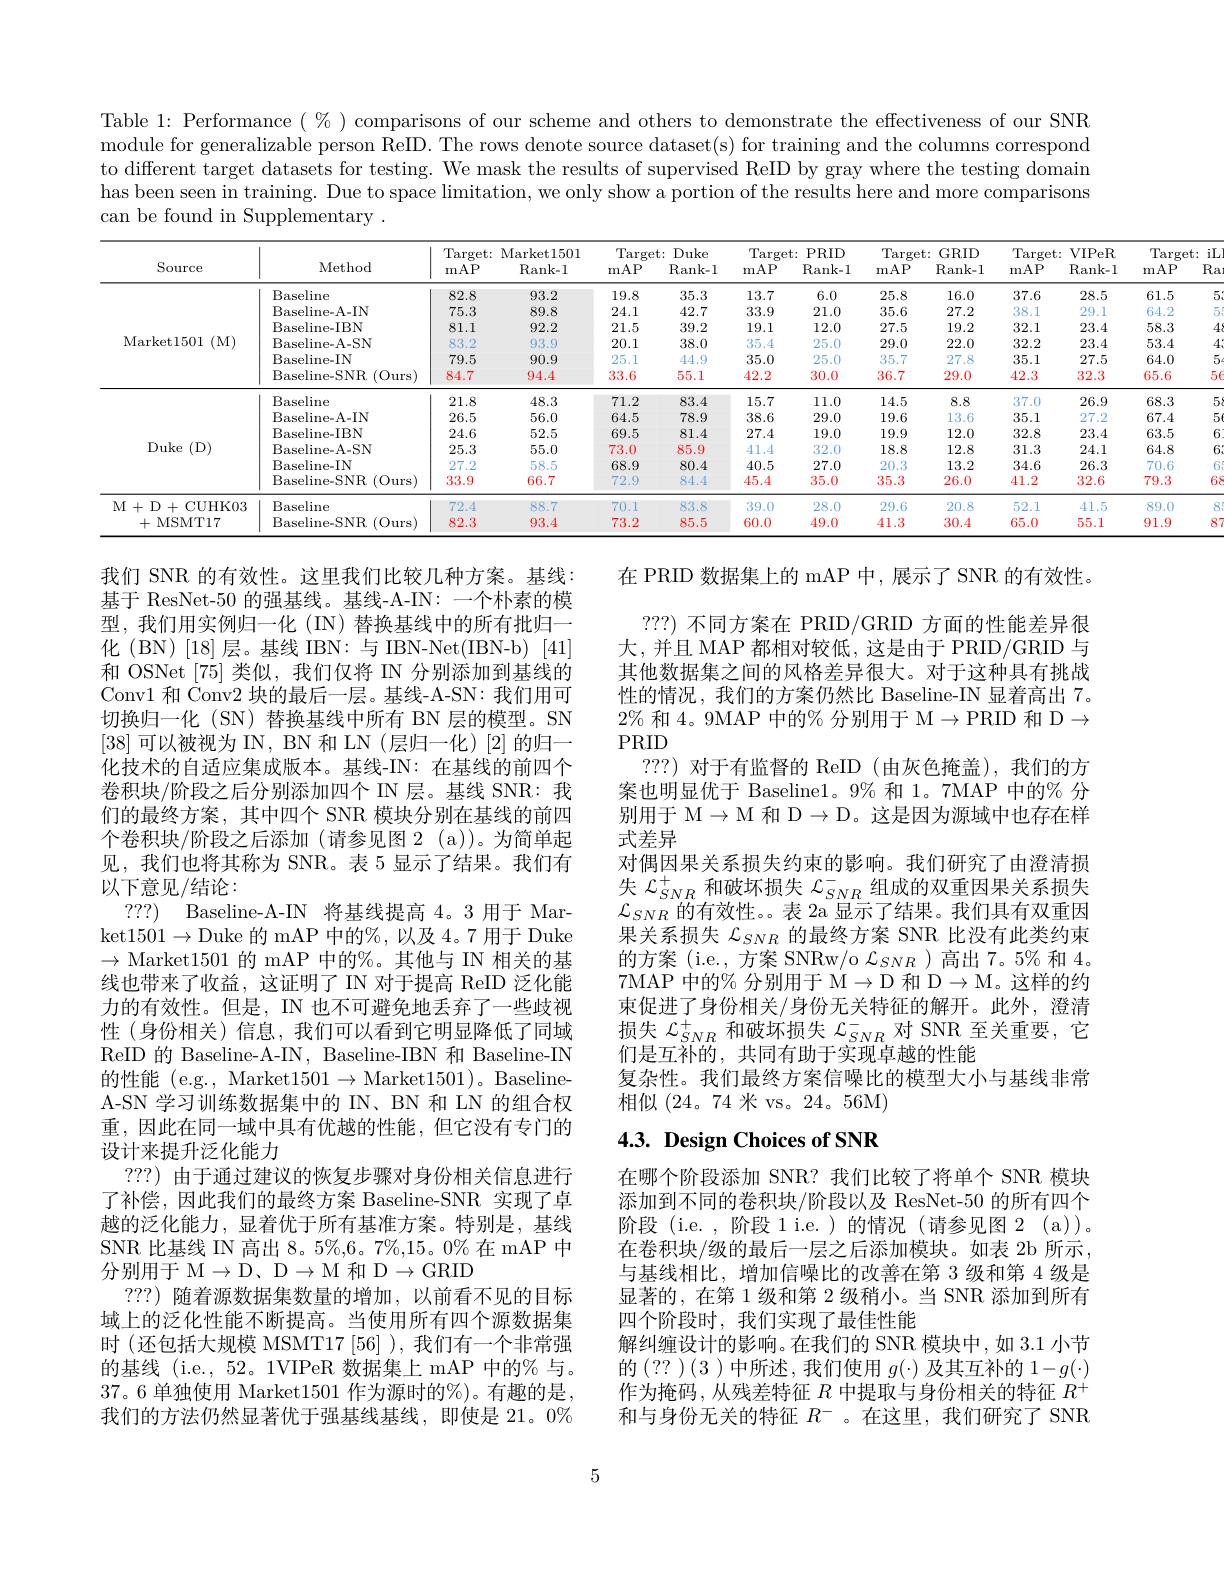
Table 1: Performance $(\%)$ comparisons of our scheme and others to demonstrate the effectiveness of our SNR module for generalizable person ReID. The rows denote source dataset(s) for training and the columns correspond to different target datasets for testing. We mask the results of supervised ReID by gray where the testing domain has been seen in training. Due to space limitation, we only show a portion of the results here and more comparisons can be found in Supplementary .

iL $5\epsilon$
<table>
	<tbody>
		<tr>
			<th>Source</th>
			<th>Method</th>
			<th>Target: mAP</th>
			<th>Market1501 Rank- 1</th>
			<th>Target: mAP</th>
			<th>Duke ${\mathrm{Rank-1}}$</th>
			<th>$PRID$ $Rank-$</th>
			<th>Target: mAP</th>
			<th>GRID $\operatorname{Rank-1}$</th>
			<th>Target: mAP</th>
			<th>$V$IPeR Rank- 1</th>
			<th>Target: mAP</th>
		</tr>
		<tr>
			<th>Source</th>
			<th>Method</th>
			<th>mAP</th>
			<th>Rank- 1</th>
			<th>mAP</th>
			<th>Rank- 1</th>
			<th>Rank- </th>
			<th>mAP</th>
			<th>$\operatorname{Rank-1}$</th>
			<th>mAP</th>
			<th>Rank- 1</th>
			<th>mAP</th>
		</tr>
		<tr>
			<td rowspan="6">Market1501 (M)</td>
			<td>Baseline</td>
			<td>82.8</td>
			<td>93.2</td>
			<td>19.8</td>
			<td>35.3</td>
			<td>6.0</td>
			<td>25.8</td>
			<td>16.0</td>
			<td>37.6</td>
			<td>28.5</td>
			<td>61.5</td>
		</tr>
		<tr>
			<td>Baseline- A- IN</td>
			<td>75.3</td>
			<td>89.8</td>
			<td>24.1</td>
			<td>42.7</td>
			<td>21.0</td>
			<td>35.6</td>
			<td>27.2</td>
			<td>38.1</td>
			<td>29.1</td>
			<td>64.2</td>
		</tr>
		<tr>
			<td>Baseline- IBN</td>
			<td>81.1</td>
			<td>92.2</td>
			<td>21.5</td>
			<td>39.2</td>
			<td>12.0</td>
			<td>27.5</td>
			<td>19.2</td>
			<td>32.1</td>
			<td>23.4</td>
			<td>58.3</td>
		</tr>
		<tr>
			<td>Baseline- A- SN</td>
			<td>83.2</td>
			<td>93.9</td>
			<td>20.1</td>
			<td>38.0</td>
			<td>25.0</td>
			<td>29.0</td>
			<td>22.0</td>
			<td>32.2</td>
			<td>23.4</td>
			<td>53.4</td>
		</tr>
		<tr>
			<td>Baseline- IN</td>
			<td>79.5</td>
			<td>90.9</td>
			<td>25.1</td>
			<td>44.9</td>
			<td>25.0</td>
			<td>35.7</td>
			<td>27.8</td>
			<td>35.1</td>
			<td>27.5</td>
			<td>64.0</td>
		</tr>
		<tr>
			<td>Baseline- SNR $x_{1}=\frac{1}{2}$ (0urs</td>
			<td>84.7</td>
			<td>94.4</td>
			<td>33.6</td>
			<td>55.1</td>
			<td>30.0</td>
			<td>36.7</td>
			<td>29.0</td>
			<td>42.3</td>
			<td>32.3</td>
			<td>65.6</td>
		</tr>
		<tr>
			<td rowspan="6">Duke :1 (D)</td>
			<td>Baseline</td>
			<td>21.8</td>
			<td>48.3</td>
			<td>71.2</td>
			<td>83.4</td>
			<td>11.0</td>
			<td>14.5</td>
			<td>8.8</td>
			<td>37.0</td>
			<td>26.9</td>
			<td>68.3</td>
		</tr>
		<tr>
			<td>Baseline- A- IN</td>
			<td>26.5</td>
			<td>56.0</td>
			<td>64.5</td>
			<td>78.9</td>
			<td>29.0</td>
			<td>19.6</td>
			<td>13.6</td>
			<td>35.1</td>
			<td>27.2</td>
			<td>67.4</td>
		</tr>
		<tr>
			<td>Baseline- IBN</td>
			<td>24.6</td>
			<td>52.5</td>
			<td>69.5</td>
			<td>81.4</td>
			<td>19.0</td>
			<td>19.9</td>
			<td>12.0</td>
			<td>32.8</td>
			<td>23.4</td>
			<td>63.5</td>
		</tr>
		<tr>
			<td>Baseline- A- SN</td>
			<td>25.3</td>
			<td>55.0</td>
			<td> </td>
			<td>85</td>
			<td>32</td>
			<td>1 $S$ 8 -</td>
			<td>12 2.8</td>
			<td>31 3</td>
			<td>24 1</td>
			<td>$S$ $\frac{1}{2}$</td>
		</tr>
		<tr>
			<td>Baseline- IN</td>
			<td>2 2</td>
			<td>58.5</td>
			<td>68.9</td>
			<td>80.4</td>
			<td>27</td>
			<td>20.3</td>
			<td>13 2</td>
			<td>34.6</td>
			<td>$2f$ 3</td>
			<td>T</td>
		</tr>
		<tr>
			<td>Baseline- SNR (0urs</td>
			<td>33.9</td>
			<td>66.7</td>
			<td>72.9</td>
			<td>84.4</td>
			<td>35.0</td>
			<td>35.3</td>
			<td>26.0</td>
			<td>41.2</td>
			<td>32.6</td>
			<td>79.3</td>
		</tr>
		<tr>
			<td rowspan="2">M+ D+ CUHK03 +MSMT17</td>
			<td>Baseline</td>
			<td>72.4</td>
			<td>88.7</td>
			<td>70.1</td>
			<td>83.8</td>
			<td>28.0</td>
			<td>29.6</td>
			<td>20.8</td>
			<td>52.1</td>
			<td>41.5</td>
			<td>89.0</td>
		</tr>
		<tr>
			<td>Baseline- SNR $:(0_{\mathrm{urs}})$</td>
			<td>82.3</td>
			<td>93.4</td>
			<td>73.2</td>
			<td>85.5</td>
			<td>49.0</td>
			<td>41.3</td>
			<td>30.4</td>
			<td>65.0</td>
			<td>55.1</td>
			<td>91.9</td>
		</tr>
	</tbody>
</table>
$\begin{array}{c}5.\\5,\\6\\6\end{array}$ 6. 6887

在 PRID 数据集上的 mAP 中，展示了 SNR 的有效性。
???)不同方案在 PRID/GRID 方面的性能差异很大，并且 MAP 都相对较低，这是由于 PRID/GRID 与其他数据集之间的风格差异很大。对于这种具有挑战性的情况，我们的方案仍然比 Baseline-IN 显着高出 7。$2\%$和 4。9MAP 中的% 分别用于$\mathcal{M}\to$PRID 和 D$\to$ PRID
???) 对于有监督的 ReID (由灰色掩盖),我们的方案也明显优于 Baseline1。9% 和 1。7MAP 中的% 分别用于$\mathcal{M}\to\mathcal{M}$和$\mathcal{D}\to\mathcal{D}$。这是因为源域中也存在样式差异
对偶因果关系损失约束的影响。我们研究了由澄清损$\mathcal{L}_{SNR}$的有效性。。表 2a 显示了结果。我们具有双重因果关系损失$\mathcal{L}_{SNR}$的最终方案 SNR 比没有此类约束的方案( i. e. , 方 案 SNRw/ o $\mathcal{L} _{SNR}$ )高出 7。5% 和 4。7MAP 中的% 分别用于$\mathcal{M}\to\mathcal{D}$和$\mathcal{D}\to\mathcal{M}$。这样的约束促进了身份相关/身份无关特征的解开。此外，澄清损失$\mathcal{L}_SNR^+$和破坏损失$\mathcal{L}_SNR^-$对 SNR 至关重要，它们是互补的，共同有助于实现卓越的性能
复杂性。我们最终方案信噪比的模型大小与基线非常
相似(24。74 米 vs。24。56M)

我们 SNR 的有效性。这里我们比较几种方案。基线： 基于 ResNet-50 的强基线。基线-A-IN: 一个朴素的模型，我们用实例归一化(IN) 替换基线中的所有批归一化 (BN)[18]层。基线 IBN:与 IBN-Net(IBN-b) [41] 和 OSNet [75]类似，我们仅将 IN 分别添加到基线的Conv1 和$\dot{\text{Conv}2}$块的最后一层。基线-A-SN: 我们用可切换归一化(SN) 替换基线中所有 BN 层的模型。SN $\left[38\right]$可以被视为 IN, BN 和 LN(层归一化)$\left[2\right]$的归一化技术的自适应集成版本。基线-IN:在基线的前四个卷积块/阶段之后分别添加四个$\mathbb{N}$层。基线 SNR: 我们的最终方案，其中四个 SNR 模块分别在基线的前四个卷积块/阶段之后添加(请参见图 2 (a))。为简单起见，我们也将其称为 SNR。表 5 显示了结果。我们有以下意见/结论：
? ? ? ) Baseline-A-IN 将基线提高 4。3 用于 Market$1501\to$Duke 的 mAP 中的%, 以及 4。7 用于 Duke $\to$Market1501的 mAP 中的%。其他与 IN 相关的基线也带来了收益，这证明了 IN 对于提高 ReID 泛化能力的有效性。但是，IN 也不可避免地丢弃了一些歧视性(身份相关)信息，我们可以看到它明显降低了同域ReID 的 Baseline-A-IN, Baseline-IBN 和 Baseline-IN 的性能 (e.g., Market$1501\to$Market1501)。BaselineA-SN 学习训练数据集中的 IN、BN 和 LN 的组合权重，因此在同一域中具有优越的性能，但它没有专门的设计来提升泛化能力
???)由于通过建议的恢复步骤对身份相关信息进行了补偿，因此我们的最终方案 Baseline-SNR 实现了卓越的泛化能力，显着优于所有基准方案。特别是，基线SNR 比基线 IN 高出 8。5%,6。7%,15。0% 在 mAP 中$\overline {\text{分 别 用 于 }}\mathcal{M} \to \mathcal{D} , \mathcal{D} \to \mathcal{M} ^{\prime }$和 D$\to$G$RID$
???) 随着源数据集数量的增加，以前看不见的目标域上的泛化性能不断提高。当使用所有四个源数据集时 (还包括大规模 MSMT17 [56] ), 我们有一个非常强的基线 (i.e., 52。1VIPeR 数据集上 mAP 中的% 与。37。6 单独使用 Market1501 作为源时的%)。有趣的是， 我们的方法仍然显著优于强基线基线，即使是 21。0%

# $4. 3. \textbf{ Design Choices of SNR}$

在哪个阶段添加 SNR? 我们比较了将单个 SNR 模块添加到不同的卷积块/阶段以及 ResNet-50 的所有四个阶段 (i.e. , 阶段 l i.e.)的情况 (请参见图 2 (a))。在卷积块/级的最后一层之后添加模块。如表 2b 所示， 与基线相比，增加信噪比的改善在第 3 级和第 4 级是显著的，在第 1 级和第 2 级稍小。当 SNR 添加到所有四个阶段时，我们实现了最佳性能
解纠缠设计的影响。在我们的 SNR 模块中，如 3.1 小节的(?? )(3 )中所述，我们使用$g(\cdot)$及其互补的$1-g(\cdot)$ 作为掩码，从残差特征$R$中提取与身份相关的特征$R^+$ 和与身份无关的特征$R^-$ 。在这里，我们研究了 SNR

5